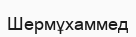
Шермұхаммед